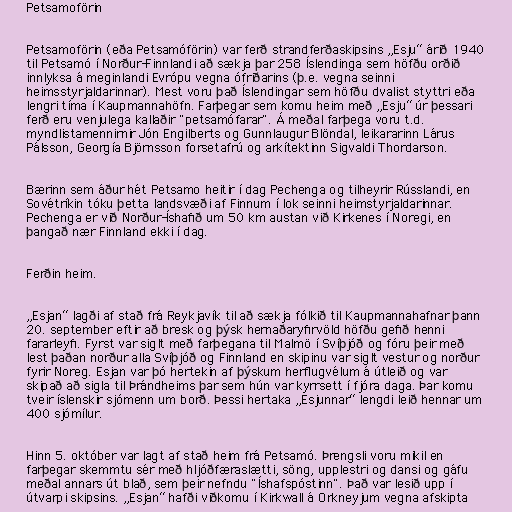
Petsamoförin

Petsamoförin (eða Petsamóförin) var ferð strandferðaskipsins „Esju“ árið 1940
til Petsamó í Norður-Finnlandi að sækja þar 258 Íslendinga sem höfðu orðið
innlyksa á meginlandi Evrópu vegna ófriðarins (þ.e. vegna seinni
heimsstyrjaldarinnar). Mest voru það Íslendingar sem höfðu dvalist styttri eða
lengri tíma í Kaupmannahöfn. Farþegar sem komu heim með „Esju“ úr þessari
ferð eru venjulega kallaðir "petsamófarar". Á meðal farþega voru t.d.
myndlistamennirnir Jón Engilberts og Gunnlaugur Blöndal, leikararinn Lárus
Pálsson, Georgía Björnsson forsetafrú og arkítektinn Sigvaldi Thordarson.

Bærinn sem áður hét Petsamo heitir í dag Pechenga og tilheyrir Rússlandi, en
Sovétríkin tóku þetta landsvæði af Finnum í lok seinni heimstyrjaldarinnar.
Pechenga er við Norður-Íshafið um 50 km austan við Kirkenes í Noregi, en
þangað nær Finnland ekki í dag.

Ferðin heim.

„Esjan“ lagði af stað frá Reykjavík til að sækja fólkið til Kaupmannahafnar þann
20. september eftir að bresk og þýsk hernaðaryfirvöld höfðu gefið henni
fararleyfi. Fyrst var siglt með farþegana til Malmö í Svíþjóð og fóru þeir með
lest þaðan norður alla Svíþjóð og Finnland en skipinu var siglt vestur og norður
fyrir Noreg. Esjan var þó hertekin af þýskum herflugvélum á útleið og var
skipað að sigla til Þrándheims þar sem hún var kyrrsett í fjóra daga. Þar komu
tveir íslenskir sjómenn um borð. Þessi hertaka „Esjunnar“ lengdi leið hennar um
400 sjómílur.

Hinn 5. október var lagt af stað heim frá Petsamó. Þrengsli voru mikil en
farþegar skemmtu sér með hljóðfæraslætti, söng, upplestri og dansi og gáfu
meðal annars út blað, sem þeir nefndu "Íshafspóstinn". Það var lesið upp í
útvarpi skipsins. „Esjan“ hafði viðkomu í Kirkwall á Orkneyjum vegna afskipta